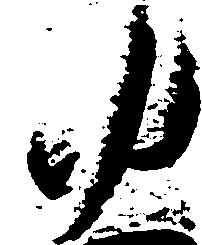
ゆ